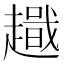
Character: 𧽫